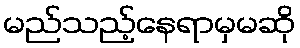
မည်သည့်နေရာမှမဆို